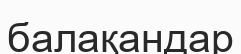
балақандар